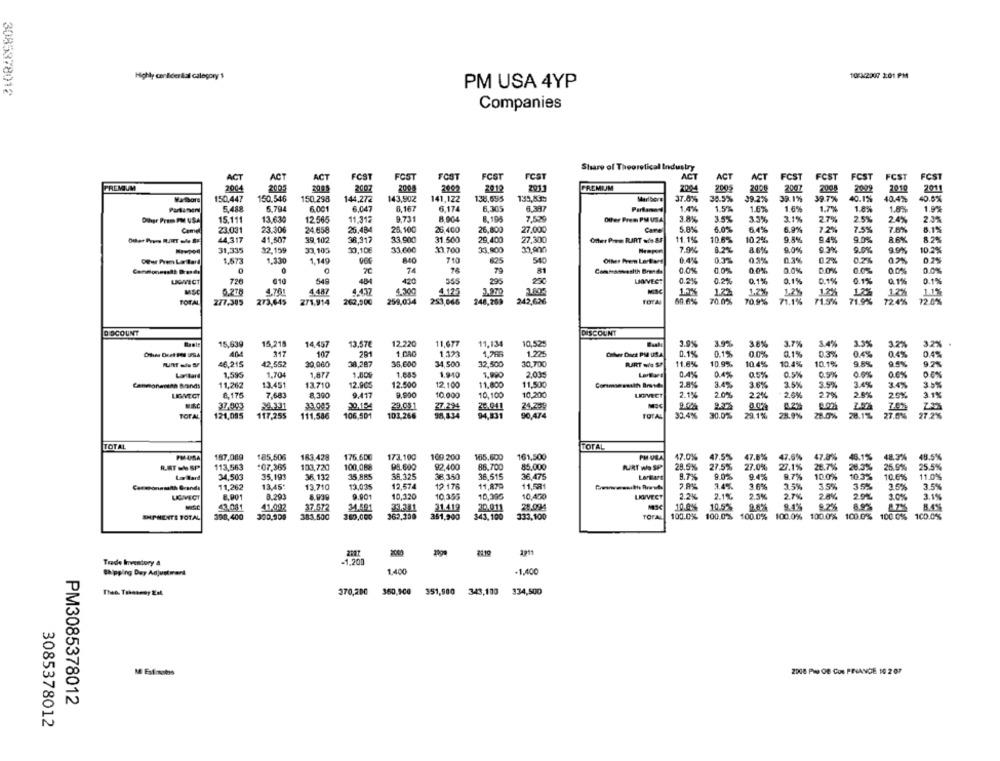
Highly conBider ilal category $
10:3/2007 2:01 PM
3085378012
PM USA 4YP
Companies
Share of Theoretical Industry
ACT
ACT
ACT
FCST
FOST
FCST
FCST
FCST
ACT
ACT
ACT
FCST
FCST
FCST
FCST
FCST
PREMIUM
2004
200
2005
2007
2005
2092
2018
2011
PREMIUM
2005
2007
2008
2009
2010
150.447
150.546
150.298
144,272
143,902
141,122
135,655
Marlbers
37.0%
36.5%
99.2%
39.1%
39.7%
40.1%
40.4%
40.5%
5.488
5.794
6.001
6,047
6.167
6,174
6,305
8.397
1.4%
1.5%
1.6%
1.6%
1.7%
1.8%
1.8%
1.9%%
Diher Prom PM USA
15.111
13.630
12.565
11,312
9.731
8.904
8.195
7,520
Other Prem PM USA
3.5%
3.3%
3.1%
27%
25%
24%
23.031
23.306
24.658
26.484
25,100
26,400
26,800
27,000
5.8%
6.0%
6.4%
7.2%
7.5%
7.6%
8.1%
Camel
44,317
41.507
39,102
38,317
33,900
31.500
29,400
27,300
Ontur Poem RART w/s &F
11.1%
10.6%
10.2%
9.8%
9.4%
9.0%
8.6%
31,335
32,159
33,105
30,10€
33,600
11.700
33.900
7.9%
8.2%
8.6%
9.0%
9.3%
9.0%
9.9%
10.2%
710
0.44
03%
02%
0.75
Our Prem Lartard
1,573
1.330
1,149
625
Oinver Prem Lontane
Commonwealth Bresde
0
0
74
78
79
81
Commossesith Brands
0.0%%
0,0%
DO%
0.0%
LIGIECT
610
548
404
420
555
296
0.2%
0.1%
0.1%
0.1%
0.1%
0.1%
0.1%
4.76
4.300
1.22
1,2%
12%
MSC
5.278
4 487
4.437
4.125
3.970
1,2%
71.5%
17%
12%
1.1
TOTAL
277,305
273,645
271,914
262,500
259,034
253,066
248,269
242,626
TOTAI
70.0%
70,9%
71.1%
71.9%
724%
72.0%
DISCOUNT
DISCOUNT
15,639
15,218
13.57€
12.220
11,677
10,52:
3.9%
3.9%
3.8%
3.7%
3.4%
12%
14,457
11,134
3.2%
107
291
1.321
1,225
Ober Doct PM USA
0.1%
0.15%
00%
0.1%
0.3%
0.4%
04%
0.4%
46.215
12.552
30,060
38,287
35,600
34,500
32,500
30,700
RART wie SP
11.6%
10.9%
10.4%
10.4%
10.1%
9.8%
9.5%
Laritard
1,595
1.704
1.877
1,80
1.655
1.940
1.990
2.00:
0.4%
0.4%
05%
0.5%
0.5%
0.6%
0.6%
92%
0.6%
Commonasian Bands
11,262
13.451
13.710
12.900
12.500
12,100
11,800
11.500
Commose smith Bmsd:
2.8%
3.4%
3.6%
3.5%
3.5%
3.6%
3.4%
30%
LIGMEGT
8,175
7,683
8,300
9.417
9.900
10,000
10,100
10,200
LIGIVECT
2.1%
2.0%
2.20
2.5%
25%
37.993
33.005
20.154
29.95.1
27.234
24.041
24.255
TOTAL
121,095
117,255
111,586
106,501
101,266
95,834
94,831
90,474
30.4%
30.0%
29,1%
78.9%
23.0%
28.1%
27.0%
TOTAL
TOTAL
PMUSA
187,089
185,506
183,428
176.600
173.100
169.200
165,600
161,500
PH USA
47.0%
47.5%
47.8%
47.6%
47.8%
46.1%
48.3%
48.5%
98.600
26.5%
25.9%
R.AT -b SP
113,563
:07,365
103,720
100,068
92,400
88.700
85.000
KURT We SP
28.5%
27.5%
27.0%
27.1%
26.7%
LorBard
34,503
35,193
36.132
35,885
36,325
38,350
36,515
36,475
LorBart
9.0%
9.4%
8.7%
10.0%
10.3%
10.6%
11,262
13,45
13,710
13,035
12,574
12.176
11,879
11,581
14%
3.6%
3.5%
35%
35%
2.5%
3.5%
8.201
9.901
10,320
10,355
10,395
10,450
LKVVECT
2.2%
2.1%
2.5%
28%
20%
3.1%
8,901
8. 939
3.0%
43.081
41.093
37.572
34.591
33.251
31.419
20.011
28.094
10.8%
10.5%%
9.4%
9.7%
SHIPMENTS TOTAL
398,400
300,909
383.500
380,000
362,300
351,900
343,100
333,100
TOTAL
100.0%
100.0% 100.0%
100.0%
100.0%
100 0%
100.0% 100.0%
2110
291
Trade Inventory &
-1.200
Shipping Day Adjustment
1.400
+1,400
370,200
350,900
351,980
343,100
334,500
M Estimates
2008 Plus DE Cos PIANGE 10 207
PM3085378012
3085378012